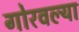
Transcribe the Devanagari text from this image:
गोरवल्या